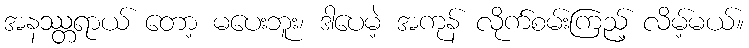
အနဿ္တရာယ် တော့ မပေးဘူး၊ ဒါပေမဲ့ အကုန် လိုက်စမ်းကြည့် လိမ့်မယ်။